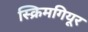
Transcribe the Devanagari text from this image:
स्क्रिमगियूर